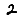
Digit: 2